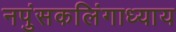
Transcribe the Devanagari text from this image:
नपुंसकलिंगाध्याय